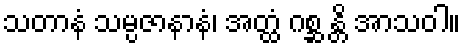
သတာနံ သမ္ပဇာနာနံ၊ အတ္ထံ ဂစ္ဆ န္တိ အာသဝါ။